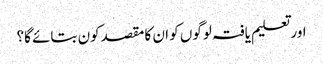
اور تعلیم یافتہ لوگوں کو ان کا مقصدکون بتائے گا؟